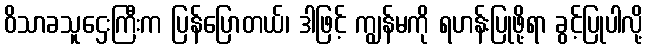
ဝိသာခသူဌေးကြီးက ပြန်ပြောတယ်၊ ဒါဖြင့် ကျွန်မကို ရဟန်းပြုဖို့ရာ ခွင့်ပြုပါလို့